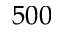
5 0 0